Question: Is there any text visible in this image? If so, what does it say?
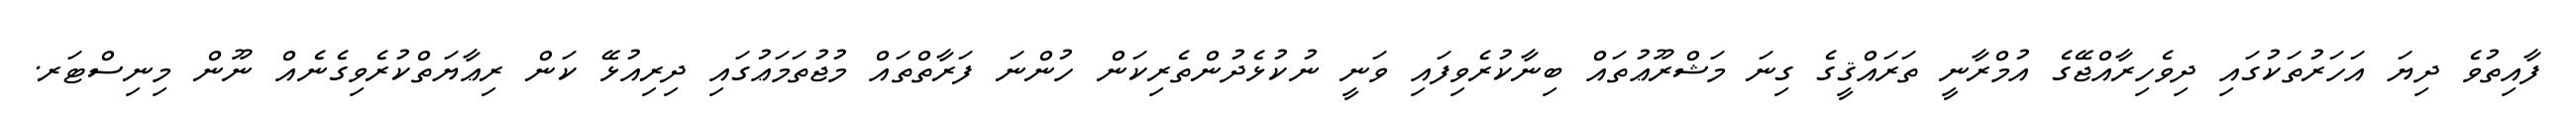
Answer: ފާއިތުވެ ދިޔަ އަހަރުތަކުގައި ދިވެހިރާއްޖޭގެ އުމްރާނީ ތަރައްޤީގެ ގިނަ މަޝްރޫޢުތައް ބިނާކުރެވިފައި ވަނީ ނުކުޅެދުންތެރިކަން ހުންނަ ފަރާތްތައް މުޖުތަމަޢުގައި ދިރިއުޅޭ ކަން ރިޢާޔަތްކުރެވިގެނެއް ނޫން މިނިސްޓަރ.